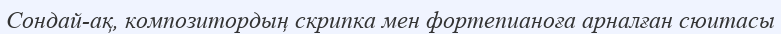
Сондай-ақ, композитордың скрипка мен фортепианоға арналған сюитасы